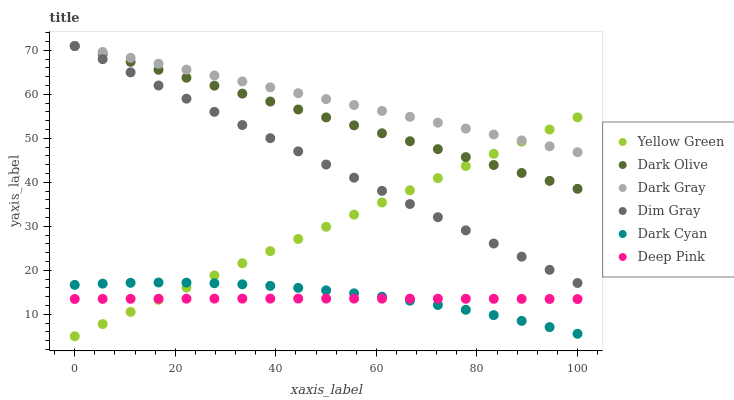
| xaxis_label | Yellow Green | Dark Olive | Dark Gray | Dim Gray | Dark Cyan | Deep Pink |
 | --- | --- | --- | --- | --- | --- | --- |
 | 0 | 5 | 71 | 71 | 71 | 16.7 | 13.5 |
 | 5.56 | 7.77 | 69.2 | 69.7 | 68 | 17 | 13.5 |
 | 11.1 | 10.5 | 67.4 | 68.3 | 65 | 17.1 | 13.5 |
 | 16.7 | 13.3 | 65.6 | 67 | 62 | 17.2 | 13.5 |
 | 22.2 | 16.1 | 63.8 | 65.6 | 59 | 17.2 | 13.5 |
 | 27.8 | 18.8 | 62 | 64.3 | 56 | 17.1 | 13.5 |
 | 33.3 | 21.6 | 60.2 | 63 | 53 | 16.8 | 13.6 |
 | 38.9 | 24.4 | 58.4 | 61.6 | 50 | 16.5 | 13.6 |
 | 44.4 | 27.1 | 56.6 | 60.3 | 47 | 16 | 13.6 |
 | 50 | 29.9 | 54.8 | 58.9 | 44.1 | 15.4 | 13.6 |
 | 55.6 | 32.7 | 53 | 57.6 | 41.1 | 14.8 | 13.6 |
 | 61.1 | 35.4 | 51.2 | 56.2 | 38.1 | 14 | 13.6 |
 | 66.7 | 38.2 | 49.4 | 54.9 | 35.1 | 13.1 | 13.5 |
 | 72.2 | 41 | 47.5 | 53.6 | 32.1 | 12.1 | 13.5 |
 | 77.8 | 43.7 | 45.7 | 52.2 | 29.1 | 11 | 13.5 |
 | 83.3 | 46.5 | 43.9 | 50.9 | 26.1 | 9.81 | 13.5 |
 | 88.9 | 49.2 | 42.1 | 49.5 | 23.1 | 8.5 | 13.5 |
 | 94.4 | 52 | 40.3 | 48.2 | 20.1 | 7.08 | 13.5 |
 | 100 | 54.8 | 38.5 | 46.9 | 17.1 | 5.55 | 13.5 |